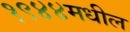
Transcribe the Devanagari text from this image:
१९४४मधील